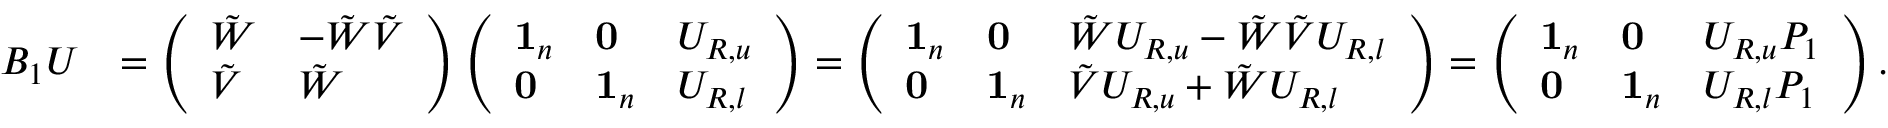
\begin{array} { r l } { B _ { 1 } U } & { = \left( \begin{array} { l l } { \tilde { W } } & { - \tilde { W } \tilde { V } } \\ { \tilde { V } } & { \tilde { W } } \end{array} \right) \left( \begin{array} { l l l } { \mathbf { 1 } _ { n } } & { \mathbf { 0 } } & { U _ { R , u } } \\ { \mathbf { 0 } } & { \mathbf { 1 } _ { n } } & { U _ { R , l } } \end{array} \right) = \left( \begin{array} { l l l } { \mathbf { 1 } _ { n } } & { \mathbf { 0 } } & { \tilde { W } U _ { R , u } - \tilde { W } \tilde { V } U _ { R , l } } \\ { \mathbf { 0 } } & { \mathbf { 1 } _ { n } } & { \tilde { V } U _ { R , u } + \tilde { W } U _ { R , l } } \end{array} \right) = \left( \begin{array} { l l l } { \mathbf { 1 } _ { n } } & { \mathbf { 0 } } & { U _ { R , u } P _ { 1 } } \\ { \mathbf { 0 } } & { \mathbf { 1 } _ { n } } & { U _ { R , l } P _ { 1 } } \end{array} \right) . } \end{array}